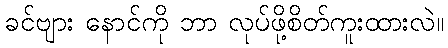
ခင်ဗျား နောင်ကို ဘာ လုပ်ဖို့စိတ်ကူးထားလဲ။